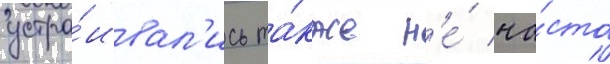
устра́ивал'ись та́кже н'е́ ча́сто